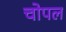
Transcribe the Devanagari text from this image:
चोपल